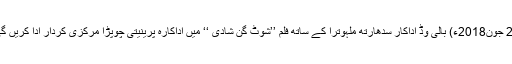
22 جون2018ء) بالی وڈ اداکار سدھارتھ ملہوترا کے ساتھ فلم ’’شوٹ گن شادی ‘‘ میں اداکارہ پرینیتی چوپڑا مرکزی کردار ادا کریں گی۔